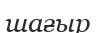
шағыр